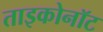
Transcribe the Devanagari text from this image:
ताइकोनॉट